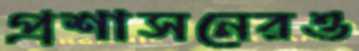
প্রশাসনেরও